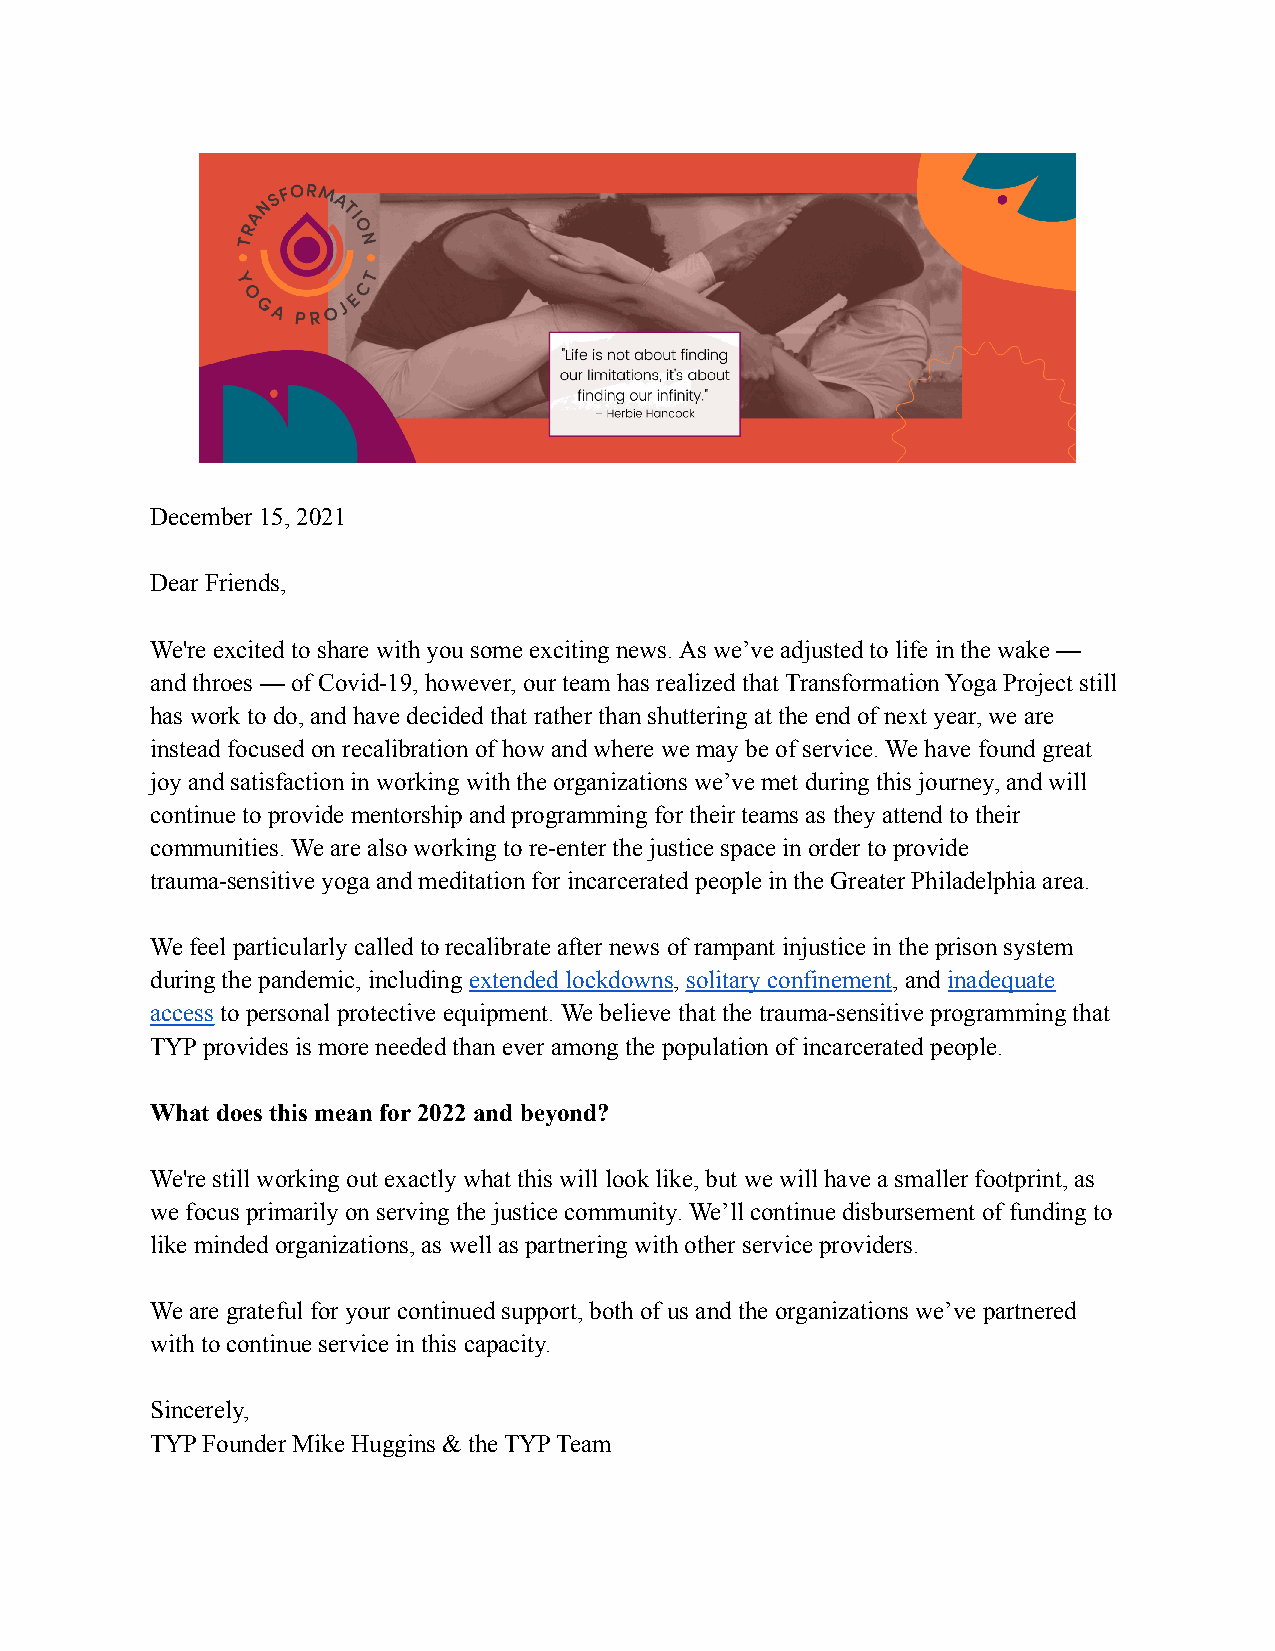
December 15, 2021
 Dear Friends,
 We're excited to share with you some exciting news. As we’ve adjusted to life in the wake —
 and throes — of Covid-19, however, our team has realized that Transformation Yoga Project still
 has work to do, and have decided that rather than shuttering at the end of next year, we are
 instead focused on recalibration of how and where we may be of service. We have found great
 joy and satisfaction in working with the organizations we’ve met during this journey, and will
 continue to provide mentorship and programming for their teams as they attend to their
 communities. We are also working to re-enter the justice space in order to provide
 trauma-sensitive yoga and meditation for incarcerated people in the Greater Philadelphia area.
 We feel particularly called to recalibrate after news of rampant injustice in the prison system
 during the pandemic, including extended lockdowns,solitary confinement, andinadequate
 accessto personal protective equipment. We believe that the trauma-sensitive programming that
 TYP provides is more needed than ever among the population of incarcerated people.
 What does this mean for 2022 and beyond?
 We're still working out exactly what this will look like, but we will have a smaller footprint, as
 we focus primarily on serving the justice community. We’ll continue disbursement of funding to
 like minded organizations, as well as partnering with other service providers.
 We are grateful for your continued support, both of us and the organizations we’ve partnered
 with to continue service in this capacity.
 Sincerely,
 TYP Founder Mike Huggins & the TYP Team